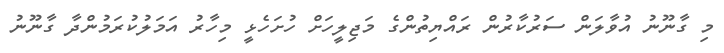
މި ގާނޫނު އުވާލަން ސަރުކާރުން ރައްޔިތުންގެ މަޖިލީހަށް ހުށަހެޅީ މިހާރު އަމަލުކުރަމުންދާ ގާނޫނު